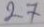
27